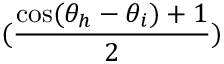
( \frac { \cos ( \theta _ { h } - \theta _ { i } ) + 1 } { 2 } )